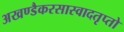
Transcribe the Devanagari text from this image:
अखण्डैकरसास्वादतृप्तो